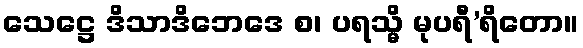
သေဋ္ဌေ ဒိသာဒိဘေဒေ စ၊ ပရသ္မိ မုပရီ’ရိတော။